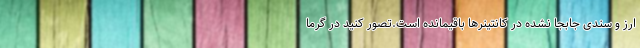
ارز و سندی جابجا نشده در کانتینرها باقیمانده است.تصور کنید در گرما